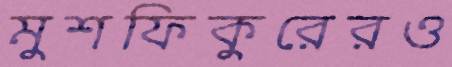
মুশফিকুরেরও